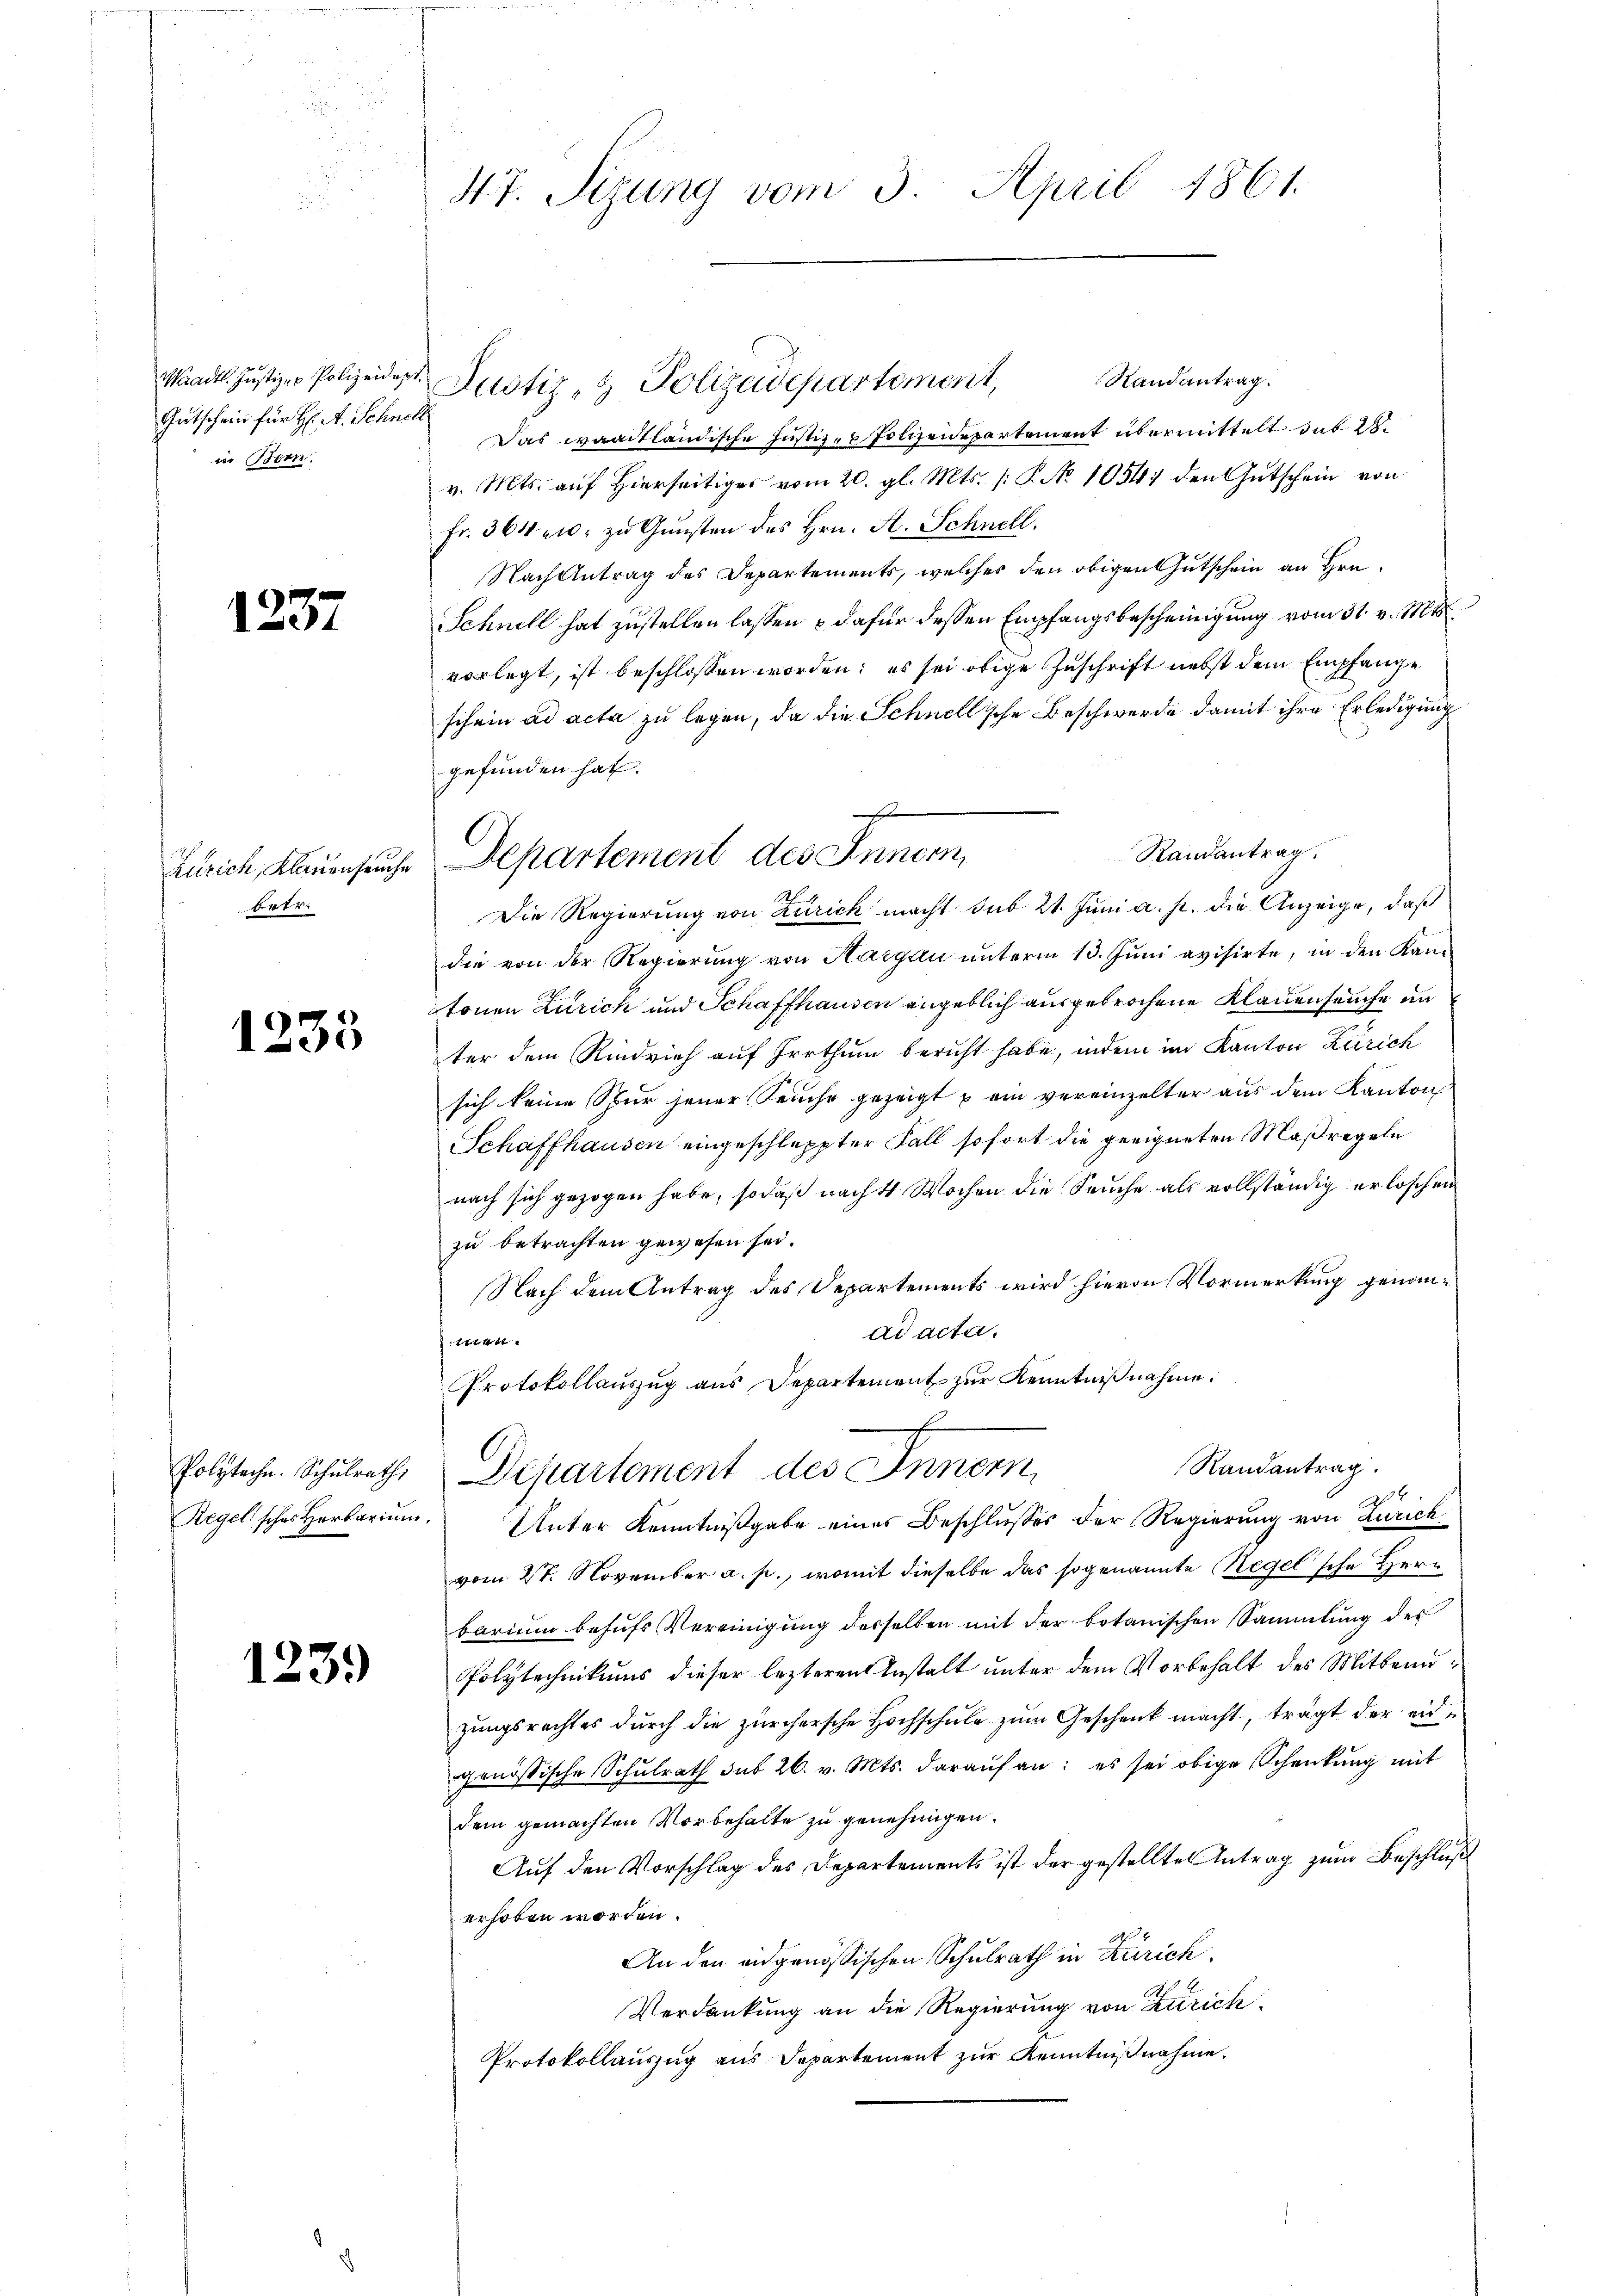
Waadt. Justiz- & Polizeidigt.
Gutschein für H: A. Schnell
in Bern.

1237

Zürich, Klauenseuche
f 4fr.

1233

Polyteche. Schulrath,
Regel sches Herbarium

1239

47. Sezung vom 3. April 1861.

Randantrag.
Das waadtländische Justiz- & Polizeidepartement übermittelt das 20.
v. Mts. auf Hierseitiges vom 20. gl. Mts. /: P. No 10547 den Gutschein von
Fr. 364. 10. zu Gunsten des Hrn. A. Schnell.
Nach Antrag des Departements, welches den obigen Gutschein an Hrn.
Schnell hat zustellen lassen & dafür dessen Empfangsbescheinigung vom 31. v. Mts.
vorlegt, ist beschlossen worden; es sei obige Zuschrift nebst dem Empfange
schein ad acta zu legen, da die Schnellsche Beschwerde damit ihre Erledigung
gefunden hat.
Die Regierung von Zürich macht sub 21. Juni a. p. die Anzeige, daß
die von der Regierŭng von Aargau ŭnterm 13. Jŭni avisirte, in den Kan-
tonen Zürich und Schaffhausen angeblich ausgebrochene Klauenseuche in
ter dem Rindrich auf Irrthum bericht habe, indem im Kanton Zürich
sich keine Spur jener Seuche gezeigt, ein vereinzelter aus dem Kanton
Schaffhausen eingeschleppter Fall sofort die geeigneten Maßregeln
nach sich gezogen habe, sodaß nach 4 Wochen die Seuche als vollständig erloschen
zu betrachten gewesen sei.
Nach dem Antrag des Departements wird hievon Vormerkung genomad acta.
Ett
Protokollauszug aus Departement zur Kenntnißnahme:
Randantrag.
Departement des Inner,
36

Unter Kenntnißgabe eines Beschlusses der Regierung von Zürich
vom 28. November a. p., womit dieselbe das sogenannte Regelsche Herr
barium behufs Vereinigung desselben mit der botanischen Sammlung des
Polytechnikums dieser lezteren Anstalt unter dem Vorbehalt des Mitbenuzungsrechtes durch die zürchersche Hochschule zum Geschenk macht, trägt der eidgenössische Schŭlrath sub 26. v. Mts. daraŭf an: es sei obige Schenkung mit
dem gemachten Vorbehalte zu genehmigen.
Auf den Vorschlag des Departements ist der gestellten Antrag zum Beschluß
erhoben worden.
An den eidgenössischen Schulrath in Zürich
Verdankung an die Regierung von Zürich
Protokollauszug aus Departement zur Kenntnißnahme.

Justiz- & Polizeidepartement,

e
Randantrag.
Departement des Innern